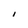
Character: I